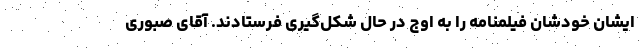
ایشان خودشان فیلمنامه را به اوج در حال شکل‌گیری فرستادند. آقای صبوری